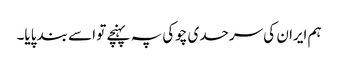
ہم ایران کی سرحدی چوکی پہ پہنچے تو اسے بند پایا۔